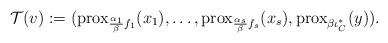
LaTeX: \begin{align*}{\cal T}(v):=(\mathrm{prox}_{\frac{\alpha_1}{\beta}f_1} (x_1),\dots,\mathrm{prox}_{\frac{\alpha_s}{\beta}f_s} (x_s),\mathrm{prox}_{\beta\iota_{C}^*}(y)).\end{align*}